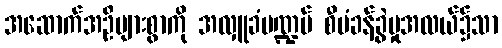
အဆောက်အဦများစွာကို အလှူခံမဏ္ဍပ် စီမံခန့်ခွဲမှုအလယ်၌သာ